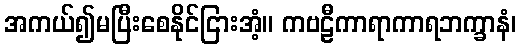
အကယ်၍မပြီးစေနိုင်ငြားအံ့။ ကဗဠီကာရာကာရဘက္ခာနံ၊